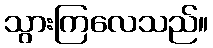
သွားကြလေသည်။